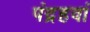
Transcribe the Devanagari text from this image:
पंद्रहवां